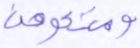
ومتعوهن